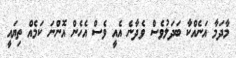
މާދަމާ އަނެއްކާ ބަދަލުވެސް ވެދާނެ އެއީ ވެސް އެހެން އޮންނަ ކަމެއް ތިޔައީ